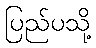
ပြည်ပသို့